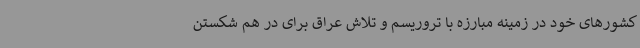
کشورهای خود در زمینه مبارزه با تروریسم و تلاش عراق برای در هم شکستن